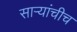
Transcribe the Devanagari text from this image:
सार्‍यांचीच